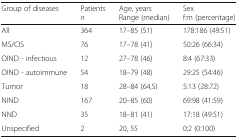
<table><thead><tr><td><b>Group of diseases</b></td><td><b>Patients<i>n</i></b></td><td><b>Age, yearsRange (median)</b></td><td><b>Sexf:m (percentage)</b></td></tr></thead><tbody><tr><td>All</td><td>364</td><td>17–85 (51)</td><td>178:186 (49:51)</td></tr><tr><td>MS/CIS</td><td>76</td><td>17–78 (41)</td><td>50:26 (66:34)</td></tr><tr><td>OIND - infectious</td><td>12</td><td>27–78 (46)</td><td>8:4 (67:33)</td></tr><tr><td>OIND - autoimmune</td><td>54</td><td>18–79 (48)</td><td>29:25 (54:46)</td></tr><tr><td>Tumor</td><td>18</td><td>28–84 (64,5)</td><td>5:13 (28:72)</td></tr><tr><td>NIND</td><td>167</td><td>20–85 (60)</td><td>69:98 (41:59)</td></tr><tr><td>NND</td><td>35</td><td>18–81 (41)</td><td>17:18 (49:51)</td></tr><tr><td>Unspecified</td><td>2</td><td>20, 55</td><td>0:2 (0:100)</td></tr></tbody></table>